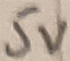
Text: 5V